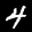
Label: 4